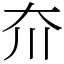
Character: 夼